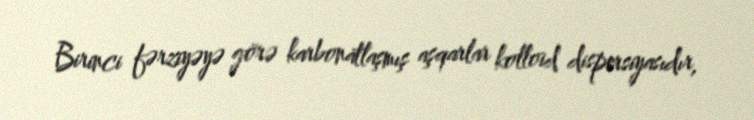
Birinci fərziyəyə görə karbonatlaşmış aşqarlar kolloid dispersiyasıdır,